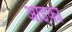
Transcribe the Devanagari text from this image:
आइका